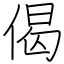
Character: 偈